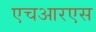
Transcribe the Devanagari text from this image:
एचआरएस